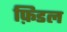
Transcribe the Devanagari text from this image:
फ़िडल